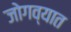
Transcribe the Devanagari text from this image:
जोगव्यात